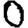
Digit: 0